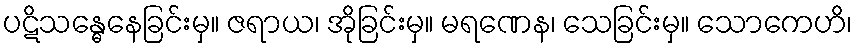
ပဋိသန္ဓေနေခြင်းမှ။ ဇရာယ၊ အိုခြင်းမှ။ မရဏေန၊ သေခြင်းမှ။ သောကေဟိ၊